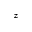
_ z